Annual administration report of the Civil Veterinary Department of India - 1897-1898
Year: 1897
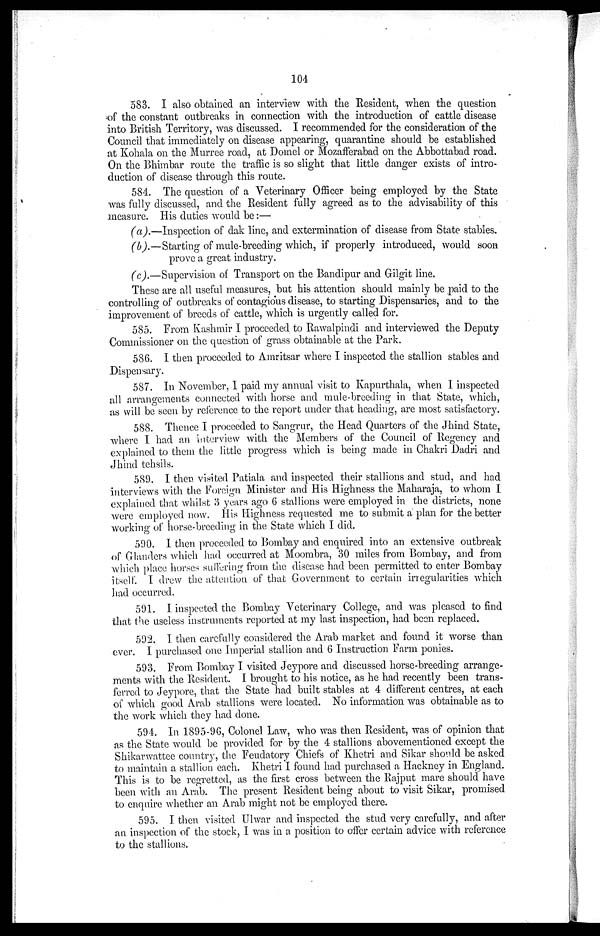
104
583. I also obtained an interview with the Resident, when the question
of the constant outbreaks in connection with the introduction of cattle disease
into British Territory, was discussed. I recommended for the consideration of the
Council that immediately on disease appearing, quarantine should be established
at Kohala on the Murree road, at Domel or Mozafferabad on the Abbottabad road.
On the Bhimbar route the traffic is so slight that little danger exists of intro-
duction of disease through this route.
584. The question of a Veterinary Officer being employed by the State
was fully discussed, and the Resident fully agreed as to the advisability of this
measure. His duties would be:—
(a).—Inspection of dak line, and extermination of disease from State stables.
(b).—Starting of mule-breeding which, if properly introduced, would soon
prove a great industry.
(c).—Supervision of Transport on the Bandipur and Grilgit line.
These are all useful measures, but his attention should mainly be paid to the
controlling of outbreaks of contagious disease, to starting Dispensaries, and to the
improvement of breeds of cattle, which is urgently called for.
585. From Kashmir I proceeded to Rawalpindi and interviewed the Deputy
Commissioner on the question of grass obtainable at the Park.
586. I then proceeded to Amritsar where I inspected the stallion stables and
Dispensary.
587. In November, I paid my annual visit to Kapurthala, when I inspected
all arrangements connected with horse and mule-breeding in that State, which,
as will be seen by reference to the report under that heading, are most satisfactory.
588. Thence I proceeded to Sangrur, the Head Quarters of the Jhind State,
where I had an interview with the Members of the Council of Regency and
explained to them the little progress which is being made in Chakri Dadri and
Jhind tehsils.
589. I then visited Patiala and inspected their stallions and stud, and had
interviews with the Foreign Minister and His Highness the Maharaja, to whom I
explained that whilst 3 years ago 6 stallions were employed in the districts, none
were employed now. His Highness requested me to submit a plan for the better
working of horse-breeding in the State which I did.
590. I then proceeded to Bombay and enquired into an extensive outbreak
of Glanders which had occurred at Moombra, 30 miles from Bombay, and from
which place horses suffering from the disease had been permitted to enter Bombay
itself. I drew the attention of that Government to certain irregularities which
had occurred.
591. I inspected the Bombay Veterinary College, and was pleased to find
that the useless instruments reported at my last inspection, had been replaced.
592. I then carefully considered the Arab market and found it worse than
ever. I purchased one Imperial stallion and 6 Instruction Farm ponies.
593. From Bombay I visited Jeypore and discussed horse-breeding arrange-
ments with the Resident. I brought to his notice, as he had recently been trans-
ferred to Jeypore, that the State had built stables at 4 different centres, at each
of which good Arab stallions were located. No information was obtainable as to
the work which they had done.
594. In 1895-96, Colonel Law, who was then Resident, was of opinion that
as the State would be provided for by the 4 stallions abovementioned except the
Shikarwattee country, the Feudatory Chiefs of Khetri and Sikar should be asked
to maintain a stallion each. Khetri I found had purchased a Hackney in England.
This is to be regretted, as the first cross between the Rajput mare should have
been with an Arab. The present Resident being about to visit Sikar, promised
to enquire whether an Arab might not be employed there.
595. I then visited Ulwar and inspected the stud very carefully, and after
an inspection of the stock, I was in a position to offer certain advice with reference
to the stallions.